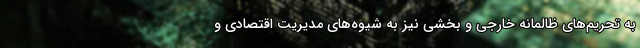
به تحریم‌های ظالمانه خارجی و بخشی نیز به شیوه‌های مدیریت اقتصادی و